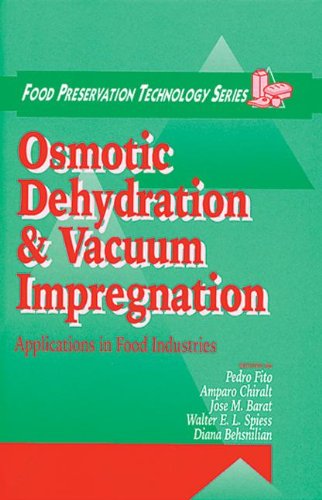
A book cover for Osmotic Dehydration and Vacuum Impregnation: Applications in Food Industries; Cookbooks, Food & Wine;